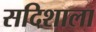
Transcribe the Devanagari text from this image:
सदिशाला